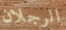
الرجلان